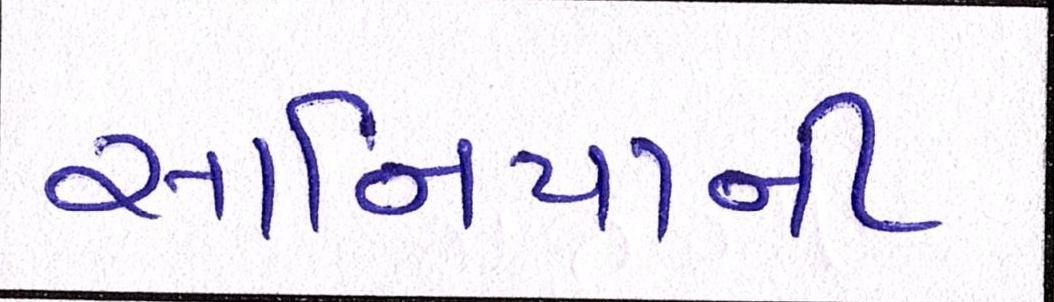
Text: સાનિયાની